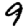
Digit: 9